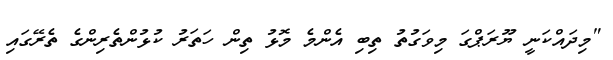
"މިދައްކަނީ ޔޫރަޕްގަ މިވަގުތު ތިބި އެންމެ މޮޅު ތިން ހަތަރު ކުޅުންތެރިންގެ ތެރޭގައި